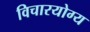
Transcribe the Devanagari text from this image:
विचारयोग्य